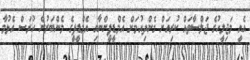
އެއީ މަޖިލީހުގެ ޖަލްސާތައް ކުރިއަށް ގެންދިއުމަށް އެމްޑީޕީންނާއި އެމްޑީޕީގެ މެންބަރުން ހުރަސް އެޅުމާ